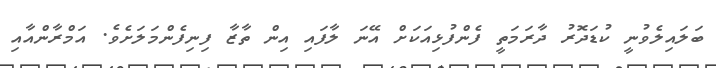
ބަލައިލެވުނީ ކުޑަދޮރު ދާރަމަތީ ފެންފުޅިއަކަށް އޭނަ ލާފައި އިން ތާޒާ ފިނިފެންމަލަށެވެ. އަމްރާންއާއި